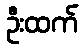
ဦးထက်